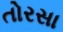
તોરસા